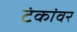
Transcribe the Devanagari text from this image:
टंकांवर